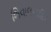
શિવાલયાદિક